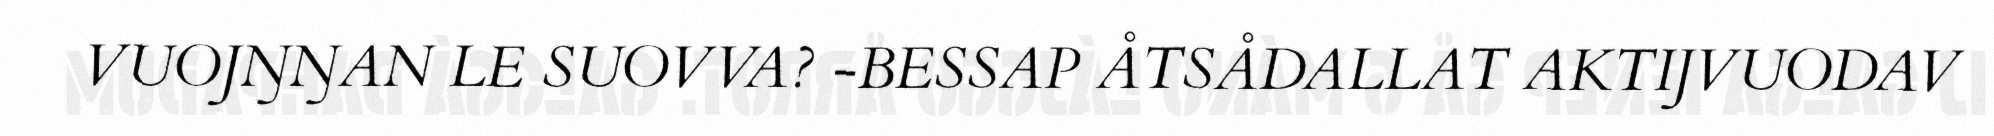
VUOJŊŊAN LE SUOVVA? -BESSAP ÅTSÅDALLAT AKTIJVUODAV